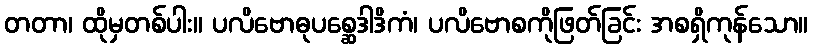
တတာ၊ ထိုမှတစ်ပါး။ ပလိဗောဓုပစ္ဆေဒါဒိကံ၊ ပလိဗောစကိုဖြတ်ခြင်း အစရှိကုန်သော။